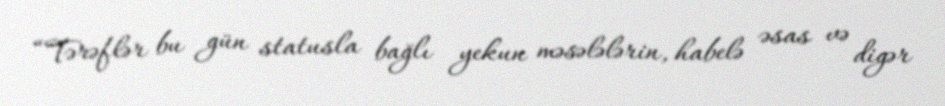
“Tərəflər bu gün statusla bağlı yekun məsələlərin, habelə əsas və digər